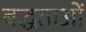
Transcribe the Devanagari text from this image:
बद्धताओं